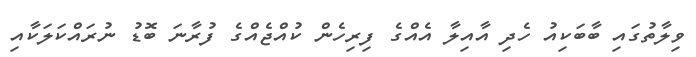
ވިލާތުގައި ބާބަކިއު ހެދި އާއިލާ އެއްގެ ފިރިހެން ކުއްޖެއްގެ ފުރާނަ ބޮޑު ނުރައްކަލަކާއި